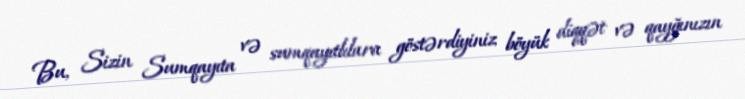
Bu, Sizin Sumqayıta və sumqayıtlılara göstərdiyiniz böyük diqqət və qayğınızın